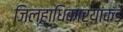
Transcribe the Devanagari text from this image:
जिल्हाधिकार्यांकडे